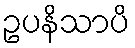
ဥပနိသာပိ